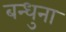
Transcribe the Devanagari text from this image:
बन्धुना